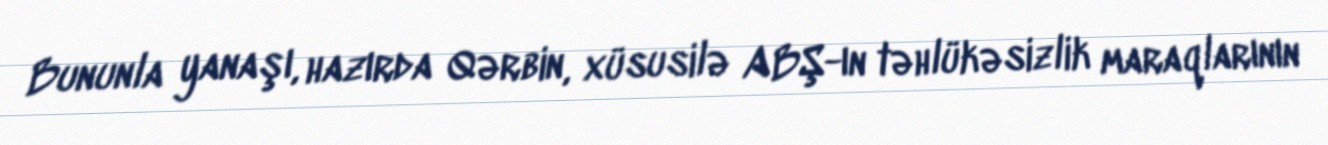
Bununla yanaşı, hazırda Qərbin, xüsusilə ABŞ-ın təhlükəsizlik maraqlarının